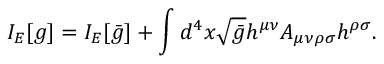
I _ { E } [ g ] = I _ { E } [ \bar { g } ] + \int d ^ { 4 } x \sqrt { \bar { g } } h ^ { \mu \nu } A _ { \mu \nu \rho \sigma } h ^ { \rho \sigma } .